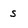
Character: s